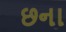
છના